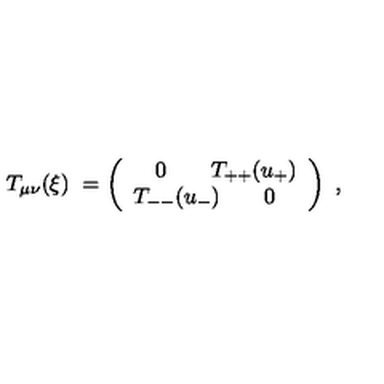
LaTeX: T _ { \mu \nu } ( \xi ) \ = \left( \begin{array} { l l } { \quad 0 \quad \quad T _ { + + } ( u _ { + } ) } \\ { T _ { -- } ( u _ { - } ) \quad \quad 0 } \\ \end{array} \right) \ ,